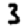
Digit: 3